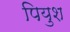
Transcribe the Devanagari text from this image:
पियुश